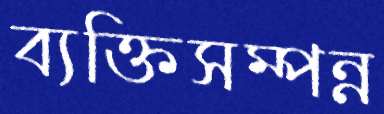
ব্যক্তিসম্পন্ন